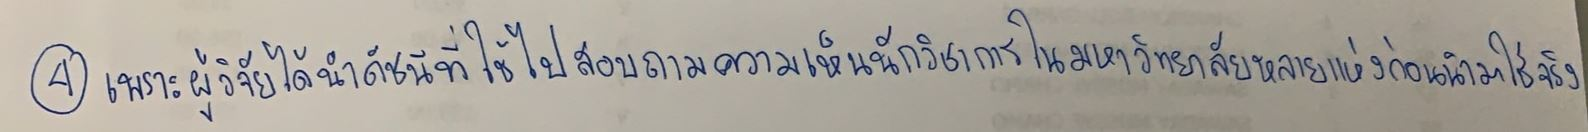
เพราะผู้วิจัยได้นำดัชนีที่ใช้ไปสอบถามความเห็นนักวิชาการในมหาวิทยาลัยหลายแห่งก่อนนำมาใช้จริง